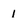
Character: l